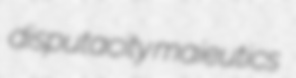
disputacity maieutics